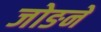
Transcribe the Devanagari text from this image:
जोङने